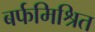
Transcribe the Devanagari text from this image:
बर्फमिश्रित